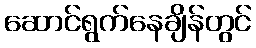
ဆောင်ရွက်နေချိန်တွင်